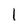
Character: l